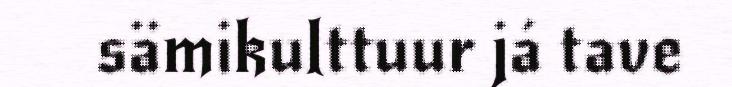
sämikulttuur já tave